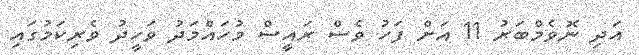
އަދި ނޮވެމްބަރު 11 އަށް ފަހު ވެސް ރައީސް މުހައްމަދު ވަހީދު ވެރިކަމުގައި